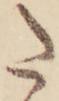
た